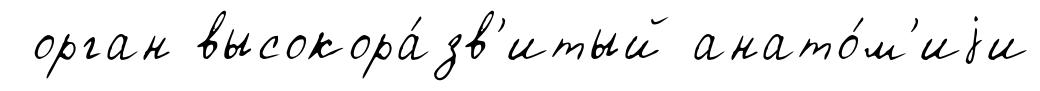
орган высокора́зв'итый анато́м'иjи